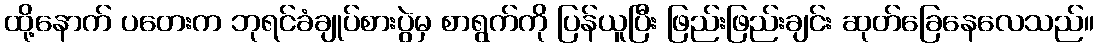
ထို့နောက် ပတေးက ဘုရင်ခံချုပ်စားပွဲမှ စာရွက်ကို ပြန်ယူပြီး ဖြည်းဖြည်းချင်း ဆုတ်ခြေနေလေသည်။